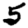
Digit: 5